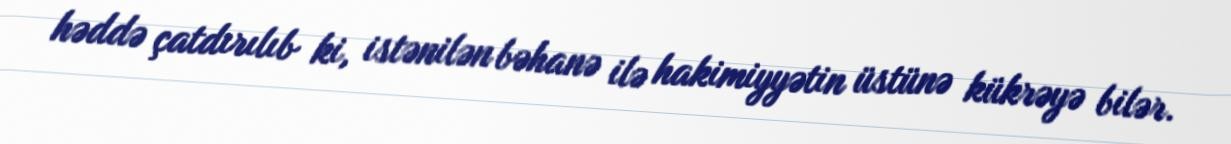
həddə çatdırılıb ki, istənilən bəhanə ilə hakimiyyətin üstünə kükrəyə bilər.